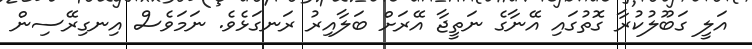
އަލީ ގަބޫލުކުރާ ގޮތުގައި އޭނާގެ ނަތީޖާ އޭރަށް ބަލާއިރު ރަނގަޅެވެ. ނަމަވެސް އިނގިރޭސިން